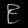
Digit: ၉